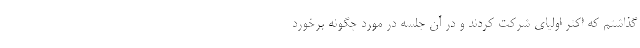
گذاشتم که اکثر اولیای شرکت کردند و در آن جلسه در مورد چگونه برخورد